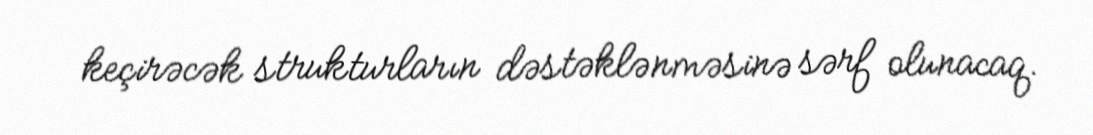
keçirəcək strukturların dəstəklənməsinə sərf olunacaq.